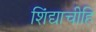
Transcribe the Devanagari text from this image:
शिंद्याचीहि